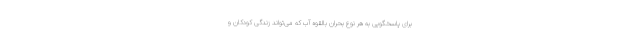
برای پاسخگویی به هر نوع بحران بالقوه آب که می‌تواند زندگی کودکان و